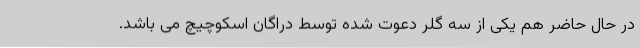
در حال حاضر هم یکی از سه گلر دعوت شده توسط دراگان اسکوچیچ می باشد.